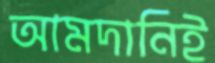
আমদানিই